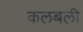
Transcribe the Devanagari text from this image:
कलबली